Vabadussoja_Ajaloo_Komitee, lk 264
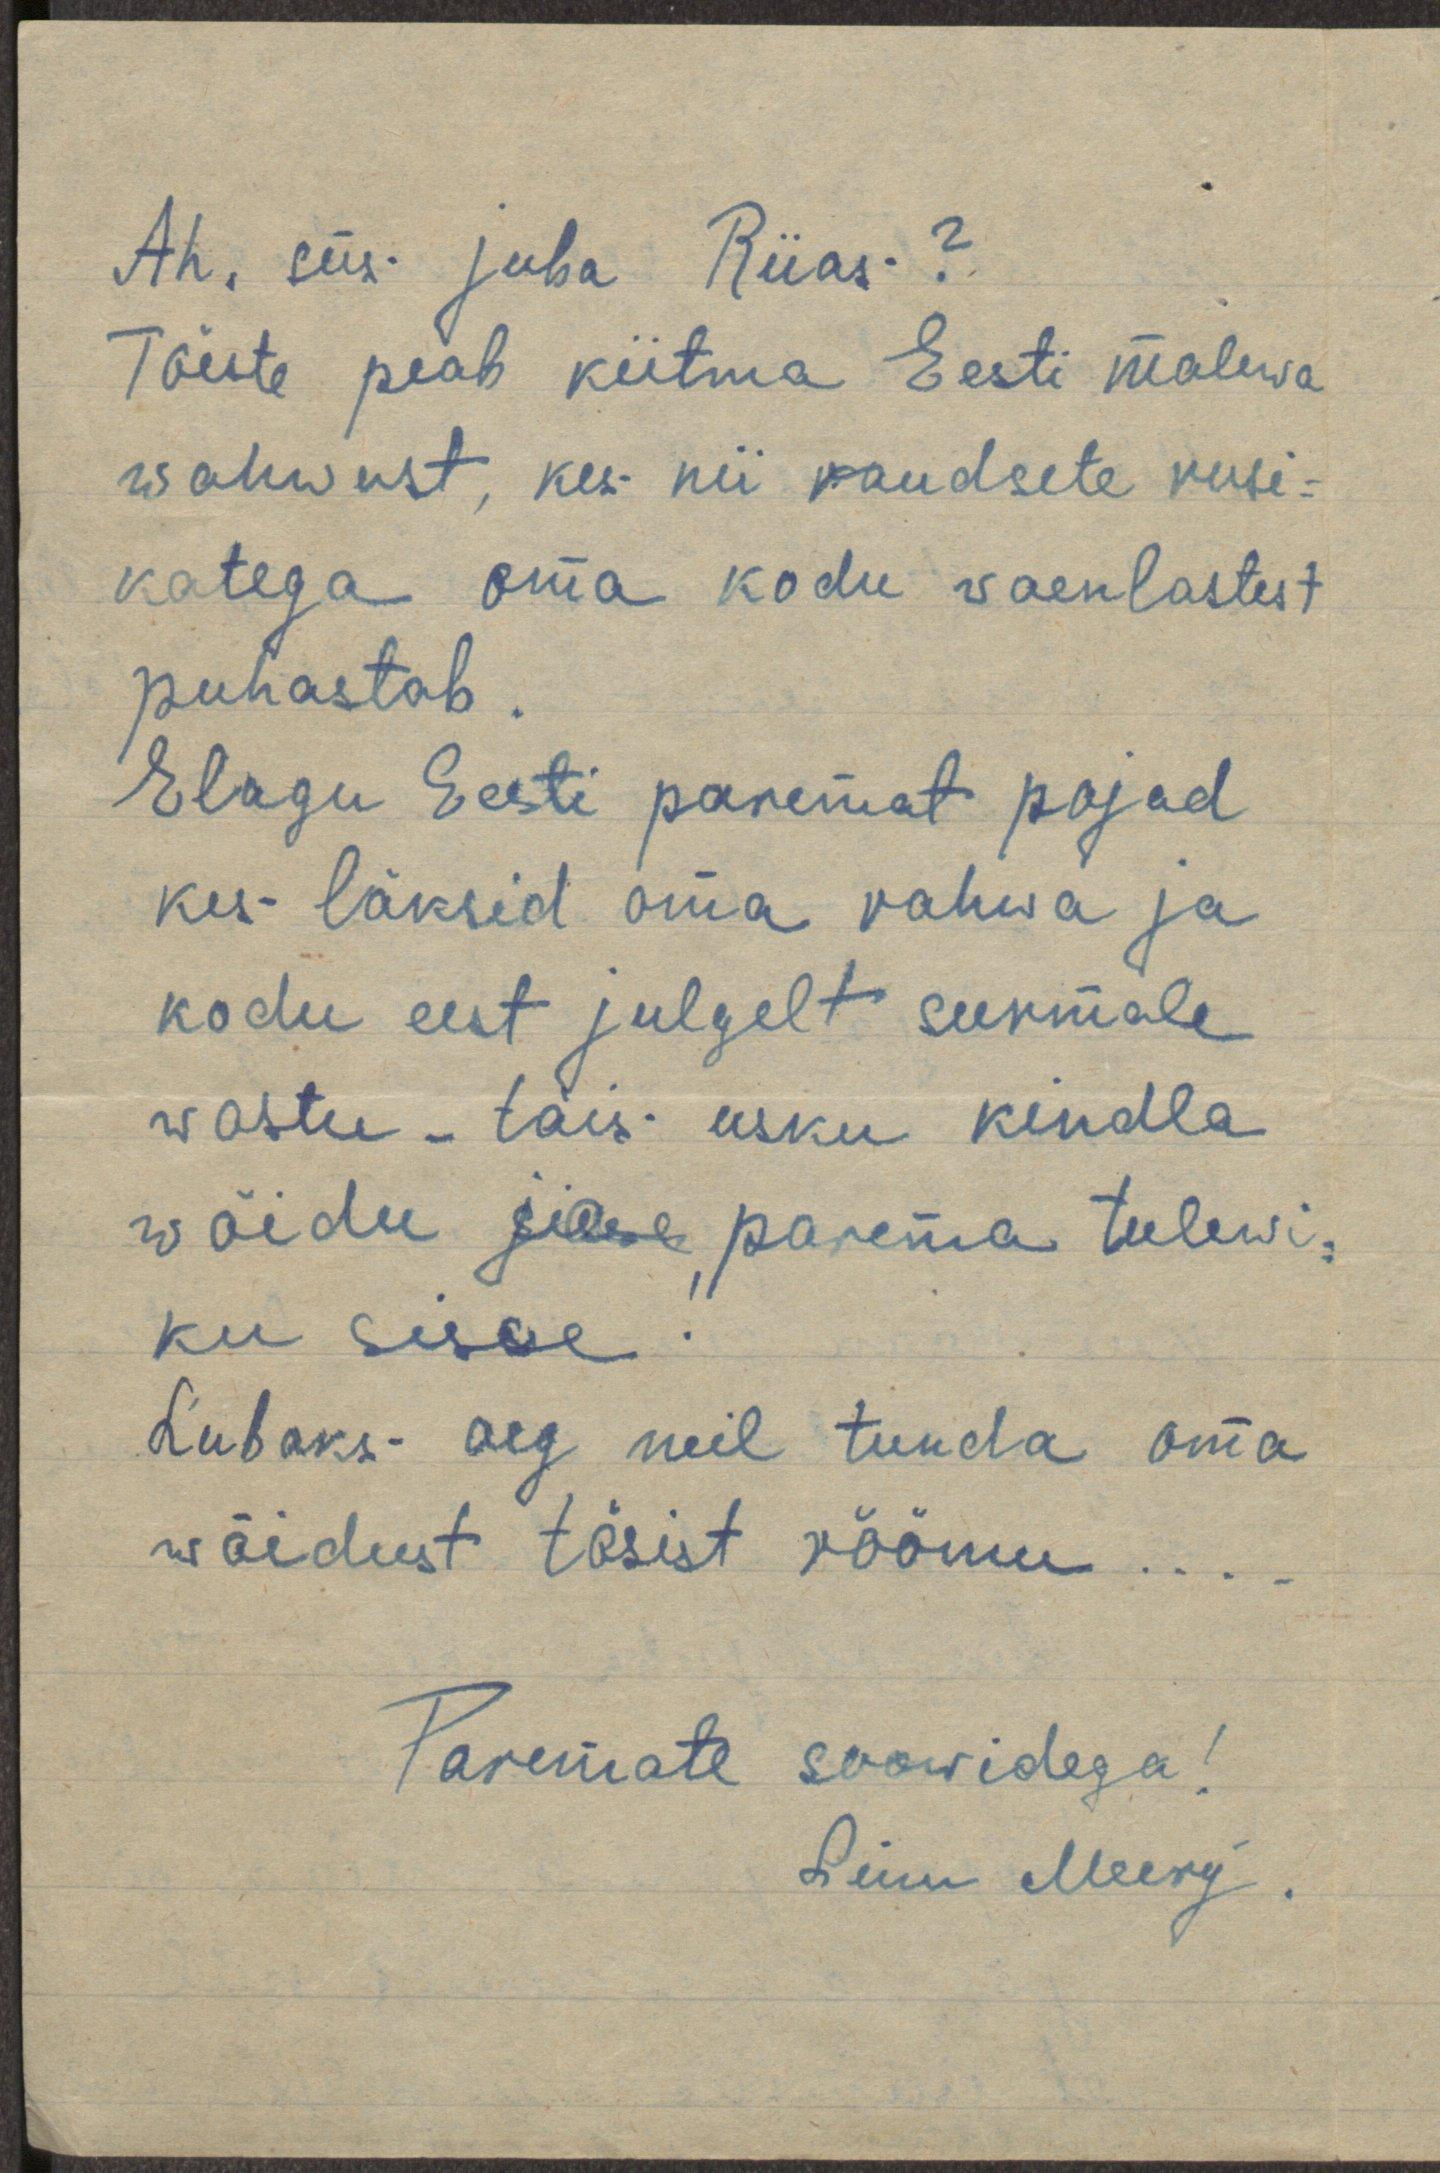
Ah, siis juba Riias?
Tõeste peab kiitma Eesti malewa
wahwust, kes nii raudsete rusi-
katega oma kodu vaenlastest
puhastab.
Elagu Eesti paremat pojad
kes läksid oma rahwa ja
kodu eest julgelt surmale
wastu - täis usku kindla
wõidu ja parema tulewi-
ku sisse!
Lubaks aeg neil tunda oma
wõidust tõsist rõõmu ...
Paremate soowidega!
Sinu Meery